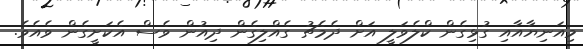
މިއަނިޔާއާއި ގުޅިގެން ކްލެވަލީ އަށް ދެމެޗު ގެއްލިގެން ދިއުން ވެސް އެކަށީގެން ވެއެވެ.